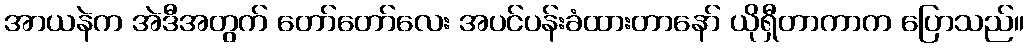
အာယနဲက အဲဒီအတွက် တော်တော်လေး အပင်ပန်းခံထားတာနော် ယိုရှီတာကာက ပြောသည်။